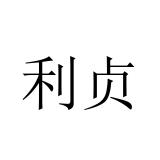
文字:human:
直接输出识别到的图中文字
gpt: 利贞